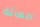
المائة